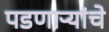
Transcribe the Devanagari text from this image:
पडणाऱ्यांचे